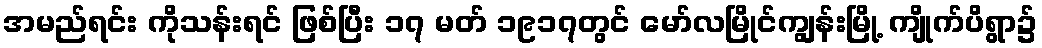
အမည်ရင်း ကိုသန်းရင် ဖြစ်ပြီး ၁၇ မတ် ၁၉၁၇တွင် မော်လမြိုင်ကျွန်းမြို့ ကျိုက်ပိရွာ၌